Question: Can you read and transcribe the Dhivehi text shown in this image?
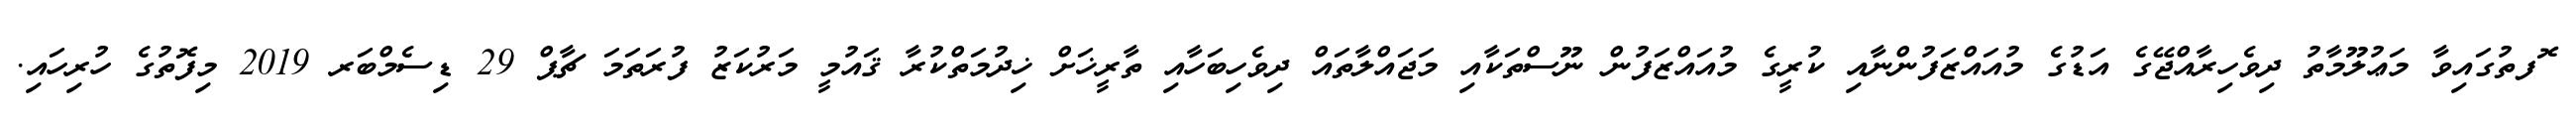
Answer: ޮފތުގައިވާ މަޢުލޫމާތު ދިވެހިރާއްޖޭގެ އަޑުގެ މުއައްޒަފުންނާއި ކުރީގެ މުއައްޒަފުން ނޫސްތަކާއި މަޖައްލާތައް ދިވެހިބަހާއި ތާރީޚަށް ޚިދުމަތްކުރާ ޤައުމީ މަރުކަޒު ފުރަތަމަ ޗާޕް 29 ޑިސެމްބަރ 2019 މިފޮތުގެ ހުރިހައި.